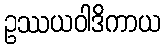
ဥဿယဝါဒိကာယ